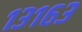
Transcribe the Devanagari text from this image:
१३१६३